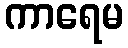
ကာရေမ